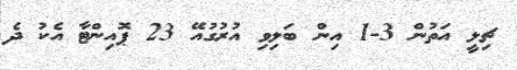
ޗިލީ އަތުން 3-1 އިން ބަލިވި އުރުގުއޭ 23 ޕޮއިންޓާ އެކު ދެ